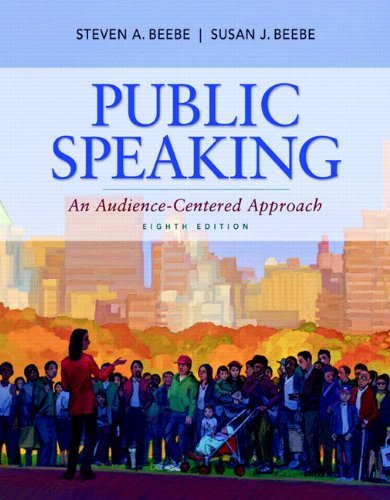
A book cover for Public Speaking: An Audience-Centered Approach (8th Edition); Steven A. Beebe; Reference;